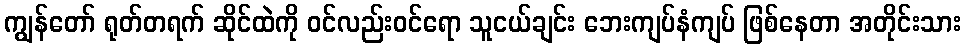
ကျွန်တော် ရုတ်တရက် ဆိုင်ထဲကို ဝင်လည်းဝင်ရော သူငယ်ချင်း ဘေးကျပ်နံကျပ် ဖြစ်နေတာ အတိုင်းသား